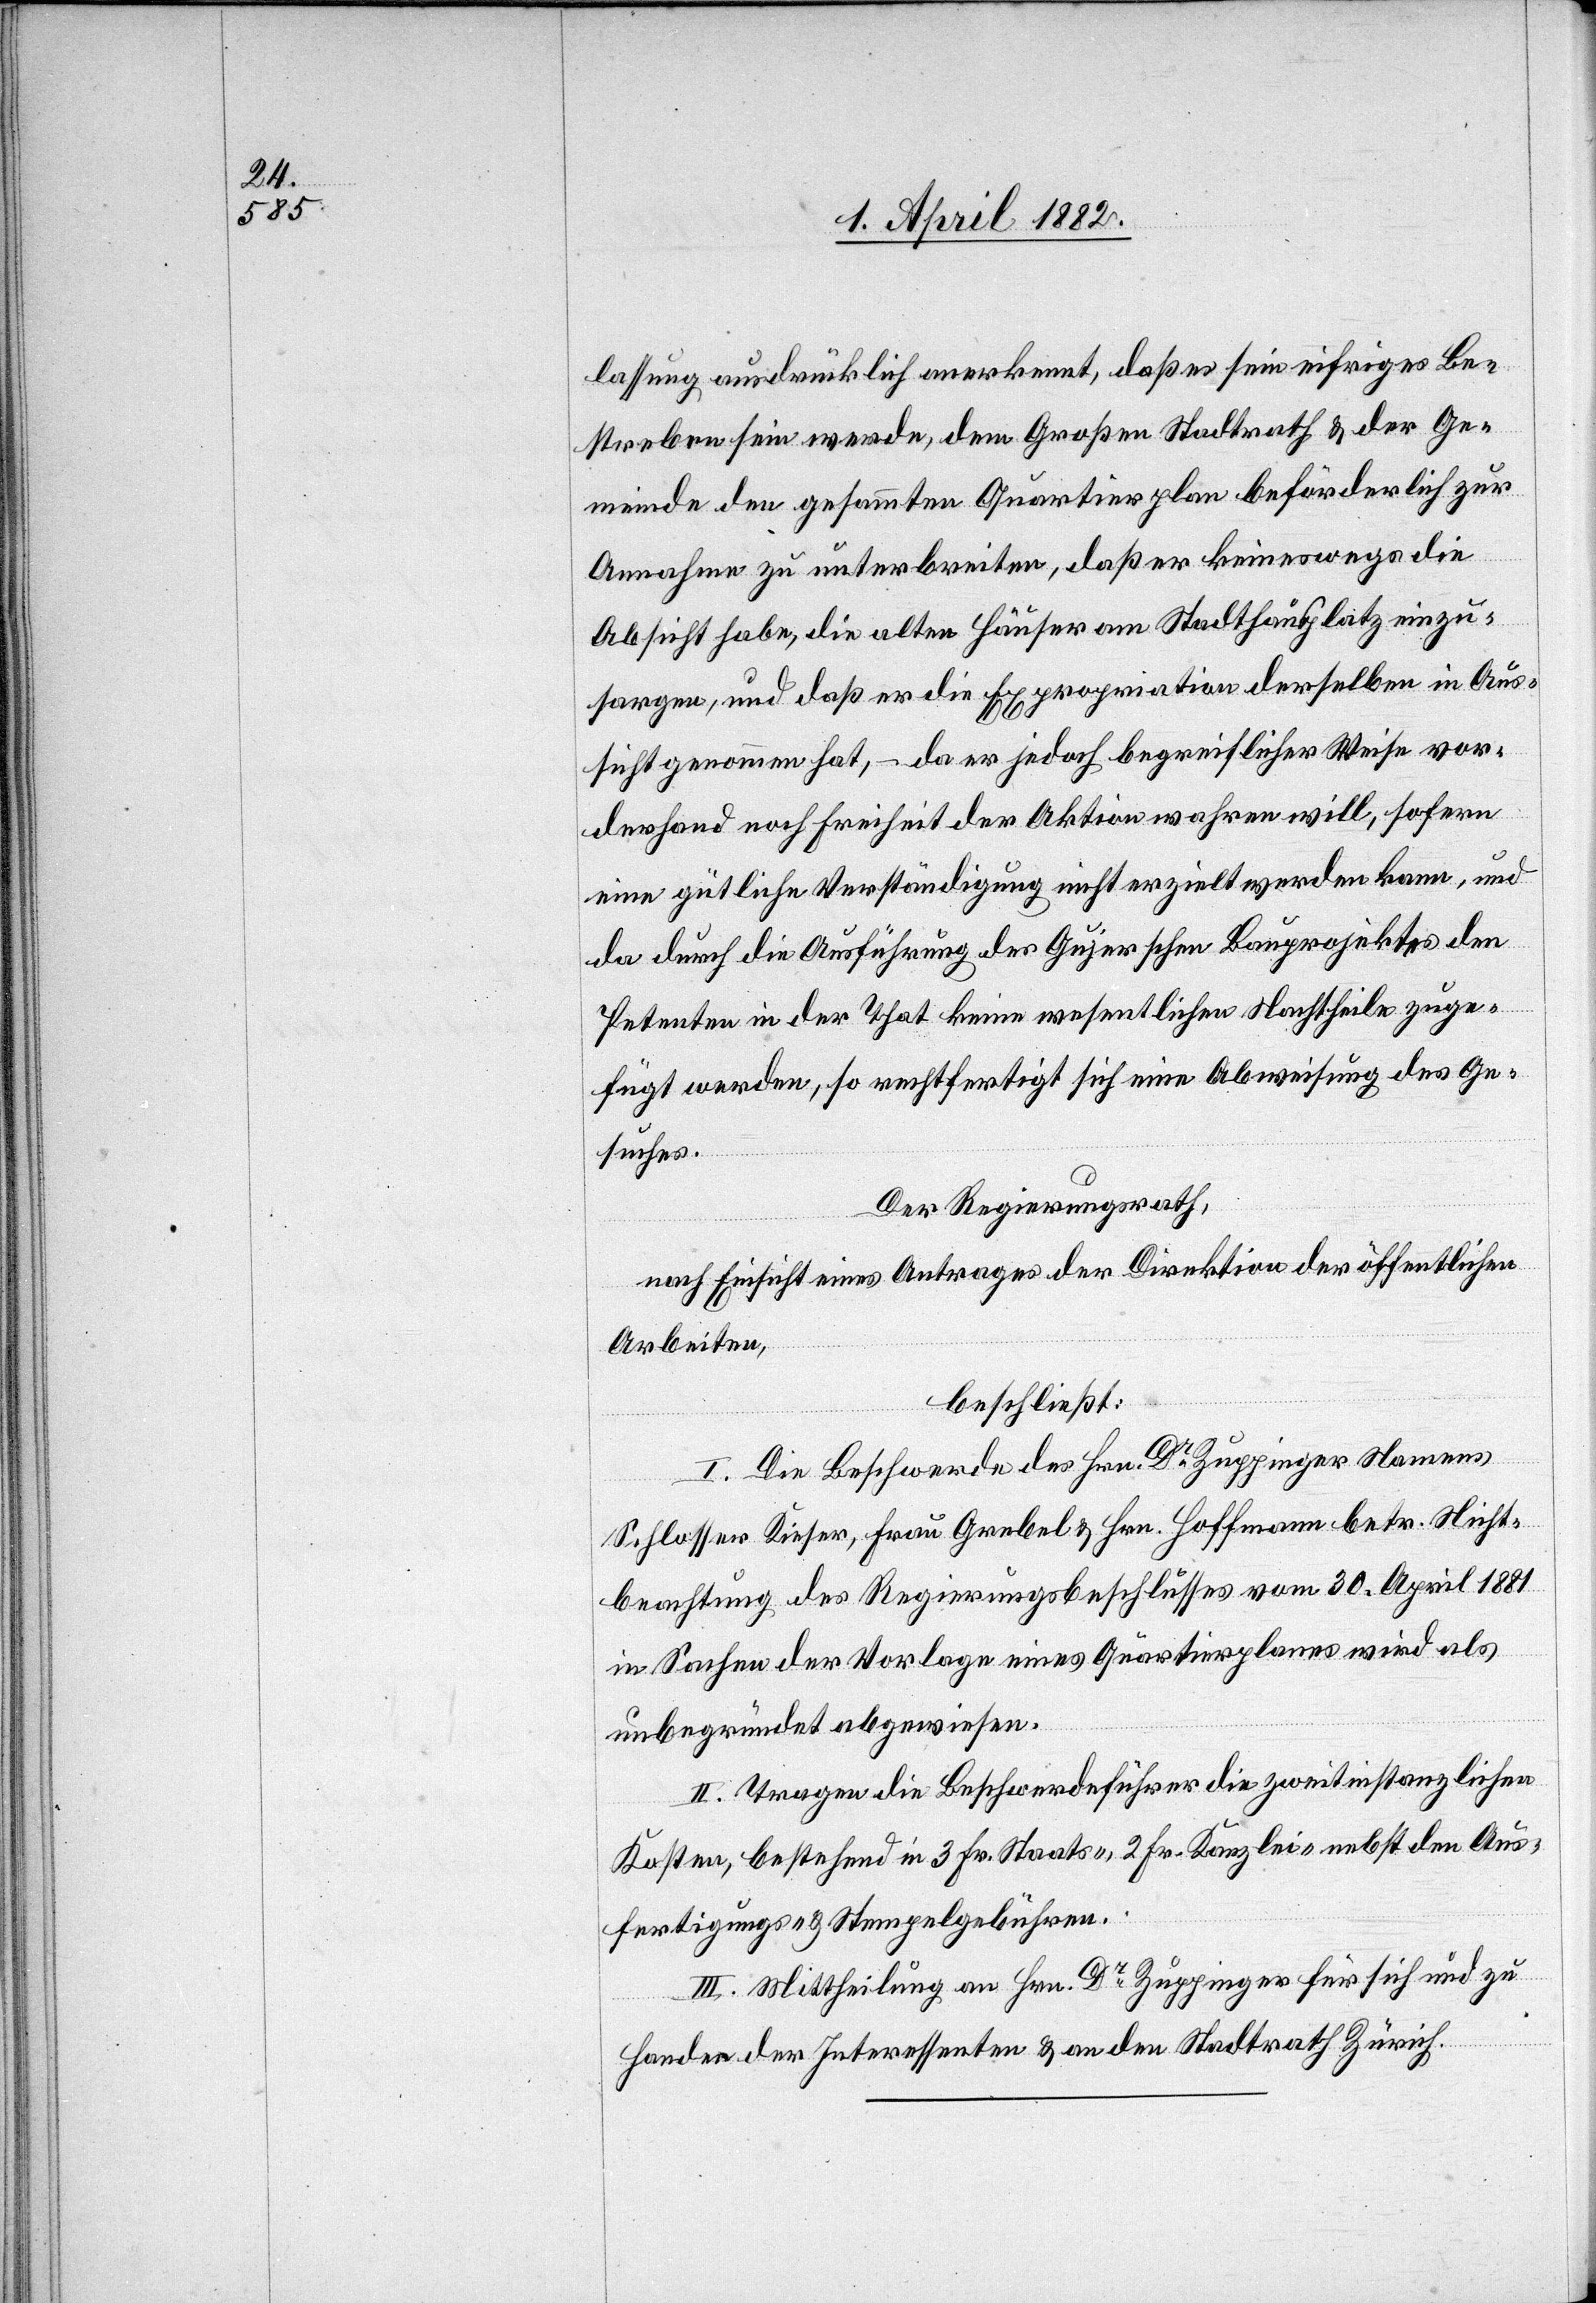
lassung ausdrücklich anerkennt, daß es sein eifriges Be¬
streben sein werde, dem Großen Stadtrath & der Ge¬
meinde den gesammten Quartierplan beförderlich zur
Annahme zu unterbreiten, daß er keineswegs die
Absicht habe, die alten Häuser am Stadthausplatz einzu¬
sargen, und daß er die Expropriation derselben in Aus¬
sicht genommen hat, – da er jedoch begreiflicher Weise vor¬
derhand noch Freiheit der Aktion wahren will, sofern
eine gütliche Verständigung nicht erzielt werden kann, und
da durch die Ausführung des Gujerschen Bauprojektes den
Petenten in der That keine wesentlichen Nachtheile zuge¬
fügt werden, so rechtfertigt sich eine Abweisung des Ge¬
suches.
Der Regierungsrath,
nach Einsicht eines Antrages der Direktion der öffentlichen
Arbeiten,
beschließt:
I. Die Beschwerde des Hrn. Dr Zuppinger Namens
Schlosser Kieser, Frau Grebel & Hrn. Hoffmann betr. Nicht¬
beachtung des Regierungsbeschlusses vom 30. April 1881
in Sachen der Vorlage eines Quartierplanes wird als
unbegründet abgewiesen.
II. Tragen die Beschwerdeführer die zweitinstanzlichen
Kosten, bestehend in 3 Fr. Staats-, 2 Fr. Kanzlei-[,] nebst den Aus¬
fertigungs- & Stempelgebühren.
III. Mittheilung an Hrn. Dr Zuppinger für sich und zu
Handen der Interessenten & an den Stadtrath Zürich.